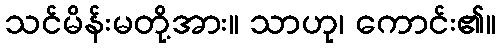
သင်မိန်းမတို့အား။ သာဟု၊ ကောင်း၏။